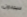
سيجدون